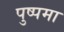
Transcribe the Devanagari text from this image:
पुष्पमा